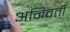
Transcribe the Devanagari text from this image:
अनिवर्ती